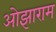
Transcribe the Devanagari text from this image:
ओझाराम